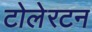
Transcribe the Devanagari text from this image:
टोलेरटन